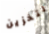
لتخزين